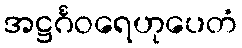
အဋ္ဌင်္ဂဝရေဟုပေတံ